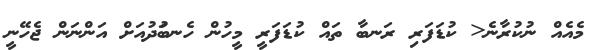
މެއެއް ނުކުރާނެ< ކުޑަފަރި ރަނބާ ތައް ކުޑަފަރީ މީހުން ހެނބަުދުއަށް އަންނަން ޖެހޭނީ